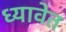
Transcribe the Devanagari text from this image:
ध्यावेत